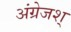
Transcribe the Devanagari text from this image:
अंग्रेजश्